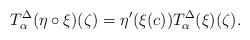
\begin{align*}T^{\Delta}_{\alpha}(\eta\circ \xi)(\zeta)=\eta'(\xi(c))T^{\Delta}_{\alpha}(\xi)(\zeta).\end{align*}